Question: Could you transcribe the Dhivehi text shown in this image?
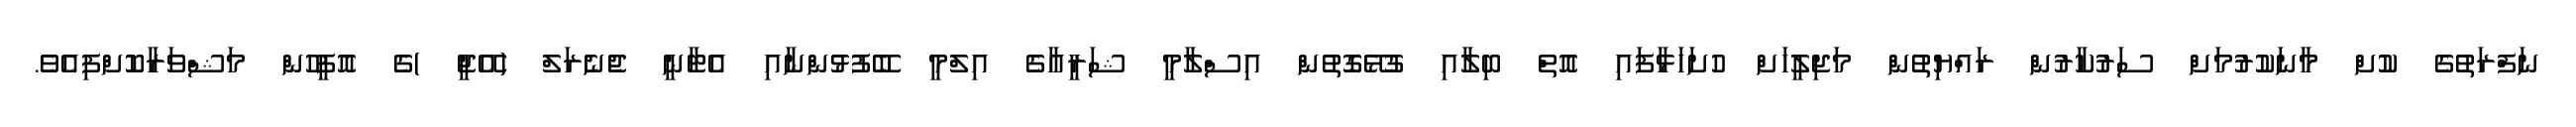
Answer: ނަފްރަތުގެ ކުށް މާނަކުރުމަށް ސަރުކާރުން ރައްޔިތުން މަޖިލީހަށް ހުށަހަޅާފައި އޮތް ބިލާއި ގުޅޭގޮތުން އިސްލާމީ ޝަރީއާގެ އިލްމީ ބޭފުޅުންނާއި އެޓާނީ ޖެނެރަލް (އޭޖީ )ގެ އޮފީހުން މަޝްވަރާކޮށްފިއެވެ.